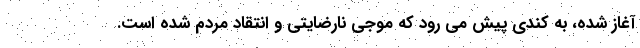
آغاز شده، به کندی پیش می رود که موجی نارضایتی و انتقاد مردم شده است.